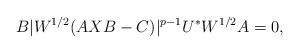
LaTeX: \begin{align*}B\vert W^{1/2}(AXB-C) \vert^{p-1} U^{*} W^{1/2}A=0, \end{align*}